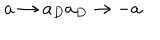
a \rightarrow a _ { D } a _ { D } \rightarrow - a .